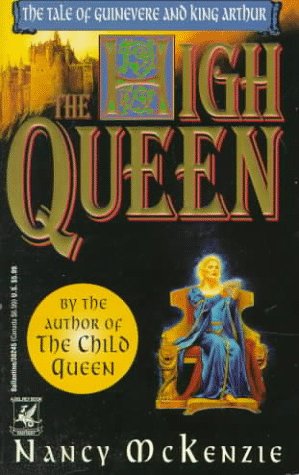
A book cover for High Queen; Nancy McKenzie; Science Fiction & Fantasy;